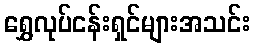
ရွှေလုပ်ငန်းရှင်များအသင်း